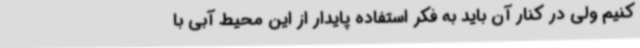
کنیم ولی در کنار آن باید به فکر استفاده پایدار از این محیط آبی با